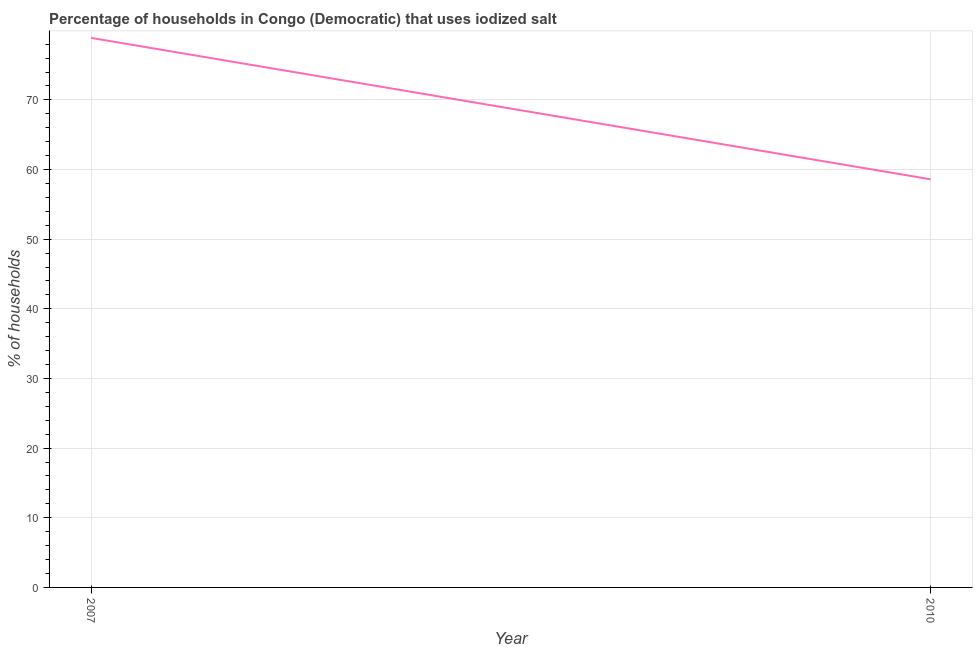
| Year | Consumption of iodized salt |
 | --- | --- |
 | 2007 | 78.9 |
 | 2010 | 58.6 |